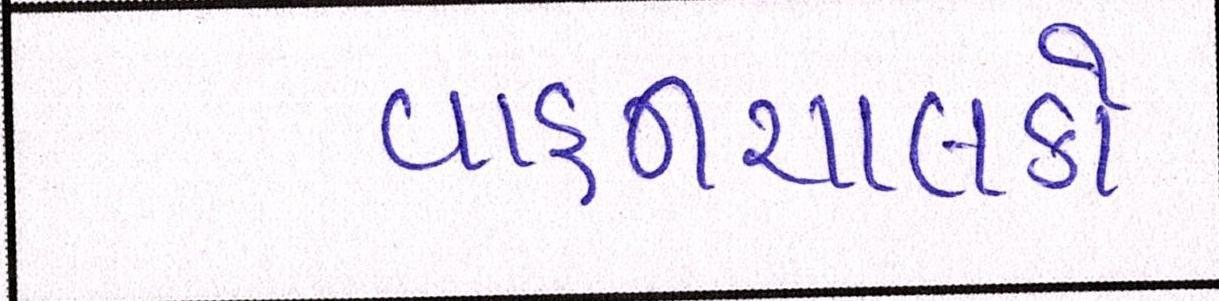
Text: વાહનચાલકો